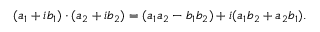
( a _ { 1 } + i b _ { 1 } ) \cdot ( a _ { 2 } + i b _ { 2 } ) = ( a _ { 1 } a _ { 2 } - b _ { 1 } b _ { 2 } ) + i ( a _ { 1 } b _ { 2 } + a _ { 2 } b _ { 1 } ) .